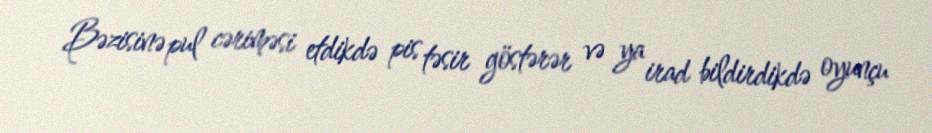
Bəzisinə pul cəriməsi etdikdə pis təsir göstərər və ya irad bildirdikdə oyunçu